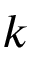
k